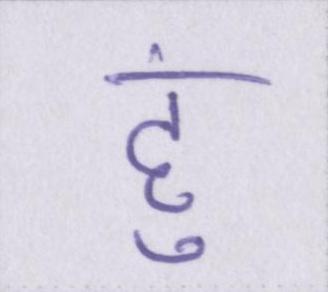
हु